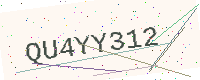
Text: QU4YY312